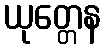
ယုတ္တေန